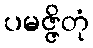
ပမဇ္ဇိတုံ